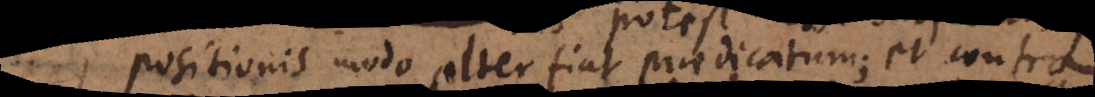
positionis modo alter fiat praedicatum; et contra